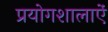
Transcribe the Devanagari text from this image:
प्रयोगशालाऐं